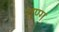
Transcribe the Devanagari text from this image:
शुण्ग